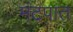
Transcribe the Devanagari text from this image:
मंटपात